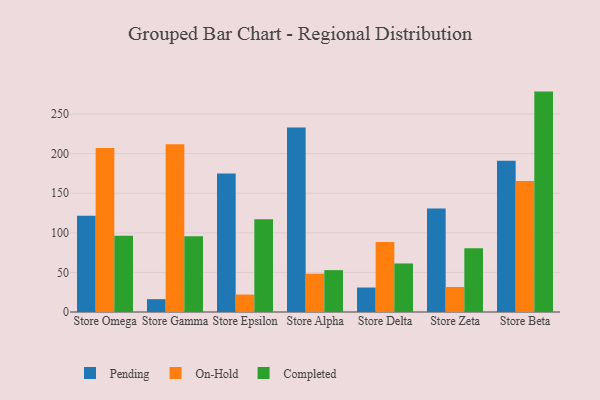
{"axis": {"x": "Store", "y": "Bounce Rate (%)"}, "legend": ["Completed", "On-Hold", "Pending"], "data": [{"x": "Store Omega", "y": 121.6, "type": "Pending"}, {"x": "Store Omega", "y": 207.2, "type": "On-Hold"}, {"x": "Store Omega", "y": 96.3, "type": "Completed"}, {"x": "Store Gamma", "y": 16.2, "type": "Pending"}, {"x": "Store Gamma", "y": 211.8, "type": "On-Hold"}, {"x": "Store Gamma", "y": 95.8, "type": "Completed"}, {"x": "Store Epsilon", "y": 174.9, "type": "Pending"}, {"x": "Store Epsilon", "y": 22.0, "type": "On-Hold"}, {"x": "Store Epsilon", "y": 117.0, "type": "Completed"}, {"x": "Store Alpha", "y": 232.9, "type": "Pending"}, {"x": "Store Alpha", "y": 48.4, "type": "On-Hold"}, {"x": "Store Alpha", "y": 52.9, "type": "Completed"}, {"x": "Store Delta", "y": 30.9, "type": "Pending"}, {"x": "Store Delta", "y": 88.4, "type": "On-Hold"}, {"x": "Store Delta", "y": 61.3, "type": "Completed"}, {"x": "Store Zeta", "y": 130.7, "type": "Pending"}, {"x": "Store Zeta", "y": 31.6, "type": "On-Hold"}, {"x": "Store Zeta", "y": 80.6, "type": "Completed"}, {"x": "Store Beta", "y": 191.0, "type": "Pending"}, {"x": "Store Beta", "y": 165.4, "type": "On-Hold"}, {"x": "Store Beta", "y": 278.3, "type": "Completed"}]}